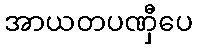
အာယတပဏှီပေ